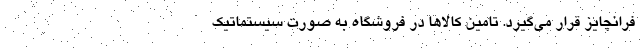
فرانچایز قرار می­گیرد. تامین کالاها در فروشگاه به صورت سیستماتیک